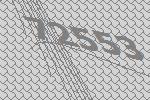
72553